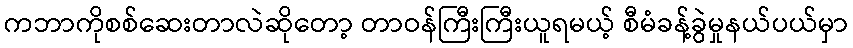
ကဘာကိုစစ်ဆေးတာလဲဆိုတော့ တာဝန်ကြီးကြီးယူရမယ့် စီမံခန့်ခွဲမှုနယ်ပယ်မှာ